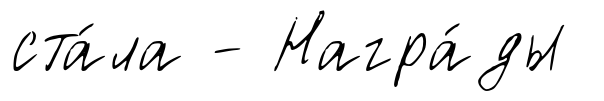
ста́ла - Награ́ды